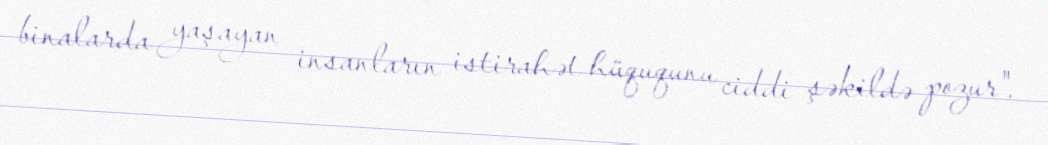
binalarda yaşayan insanların istirahət hüququnu ciddi şəkildə pozur".